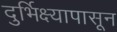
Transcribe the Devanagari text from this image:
दुर्भिक्ष्यापासून